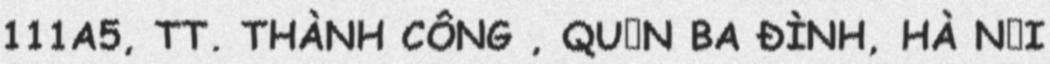
111A5, TT. THÀNH CÔNG , QUẬN BA ĐÌNH, HÀ NỘI